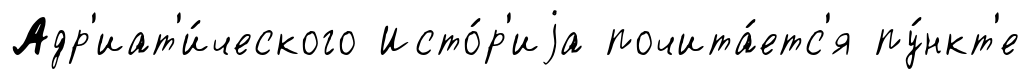
Адр'иат'и́ческого Исто́р'иjа почита́етс'я пу́нкт'е